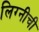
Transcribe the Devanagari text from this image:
लिग्नीची